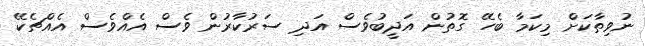
ނުވިތާކަށް މިކަމާ ބެހޭ ގޮތުން އަދީބުވެސް އަދި ސަރުކާރުން ވެސް އެއްވެސް އެއްޗެކޭ